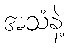
အသံနဲ့